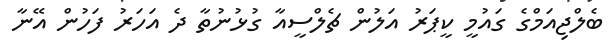
ބެލްޖިއަމްގެ ގައުމީ ކީޕަރު އަލުން ޗެލްސީއާ ގުޅުނުތާ ދެ އަހަރު ފަހުން އޭނާ